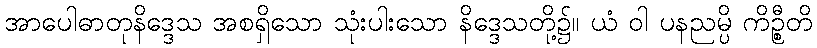
အာပေါဓာတုနိဒ္ဒေသ အစရှိသော သုံးပါးသော နိဒ္ဒေသတို့၌။ ယံ ဝါ ပနညမ္ပိ ကိဉ္စီတိ